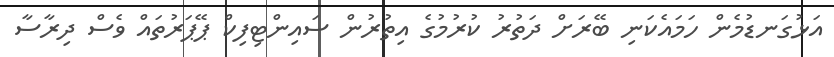
އަޅުގަނޑުމެން ހަމައެކަނި ބޭރަށް ދަތުރު ކުރުމުގެ އިތުރުން ސައިންޓިފިކް ޕޭޕަރުތައް ވެސް ދިރާސާ